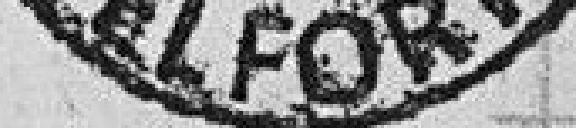
BELFORT